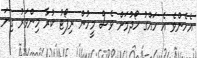
އެހެންވެ އެ ހައްގު ހޯދުމަށް ވެސް މީހުން ރިޕޯޓު ކުރާ މިންވަރު ގިނަ